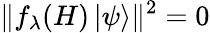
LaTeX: \| f_{\lambda}(H)\left|\psi\right\rangle\| ^{2}=0